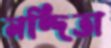
নন্দিতা